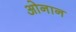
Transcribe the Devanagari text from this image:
ओनान